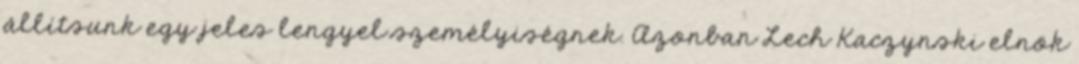
állítsunk egy jeles lengyel személyiségnek. Azonban Lech Kaczynski elnök